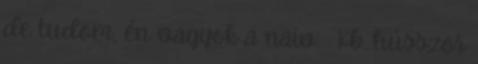
de tudom, én vagyok a naiv. : Kb. hússzor